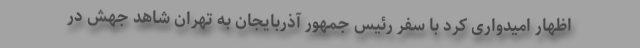
اظهار امیدواری کرد با سفر رئیس جمهور آذربایجان به تهران شاهد جهش در